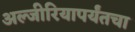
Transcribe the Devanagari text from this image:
अल्जीरियापर्यंतचा